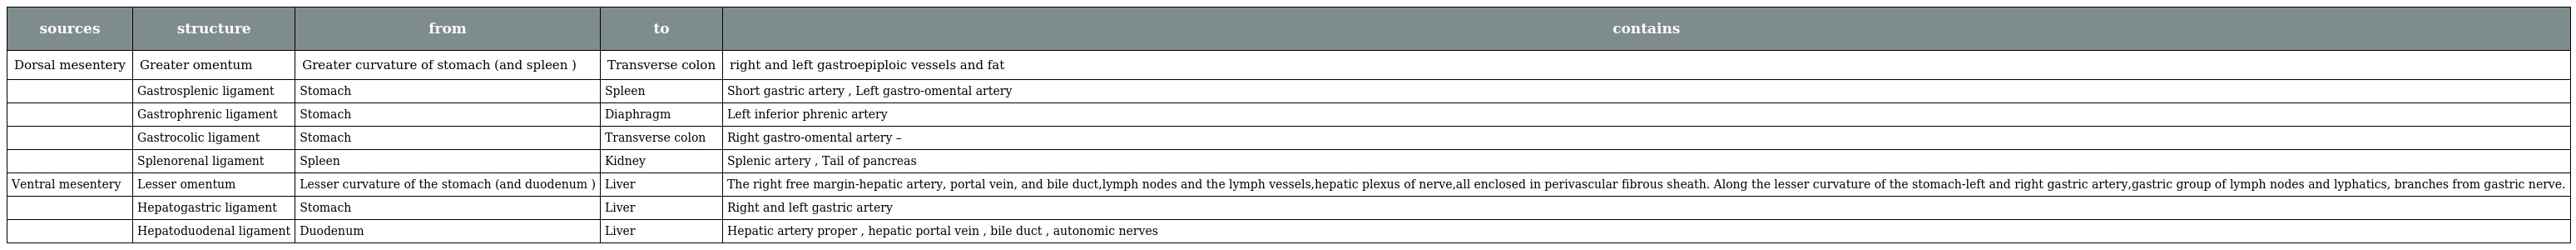
| sources | structure | from | to | contains |
 | --- | --- | --- | --- | --- |
 | Dorsal mesentery | Greater omentum | Greater curvature of stomach (and spleen ) | Transverse colon | right and left gastroepiploic vessels and fat |
 |  | Gastrosplenic ligament | Stomach | Spleen | Short gastric artery , Left gastro-omental artery |
 |  | Gastrophrenic ligament | Stomach | Diaphragm | Left inferior phrenic artery |
 |  | Gastrocolic ligament | Stomach | Transverse colon | Right gastro-omental artery – |
 |  | Splenorenal ligament | Spleen | Kidney | Splenic artery , Tail of pancreas |
 | Ventral mesentery | Lesser omentum | Lesser curvature of the stomach (and duodenum ) | Liver | The right free margin-hepatic artery, portal vein, and bile duct,lymph nodes and the lymph vessels,hepatic plexus of nerve,all enclosed in perivascular fibrous sheath. Along the lesser curvature of the stomach-left and right gastric artery,gastric group of lymph nodes and lyphatics, branches from gastric nerve. |
 |  | Hepatogastric ligament | Stomach | Liver | Right and left gastric artery |
 |  | Hepatoduodenal ligament | Duodenum | Liver | Hepatic artery proper , hepatic portal vein , bile duct , autonomic nerves |